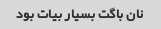
نان باگت بسیار بیات بود